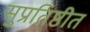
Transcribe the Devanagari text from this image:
सुप्रतिष्ठीत